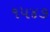
૧૫૪૭